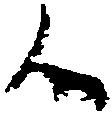
候